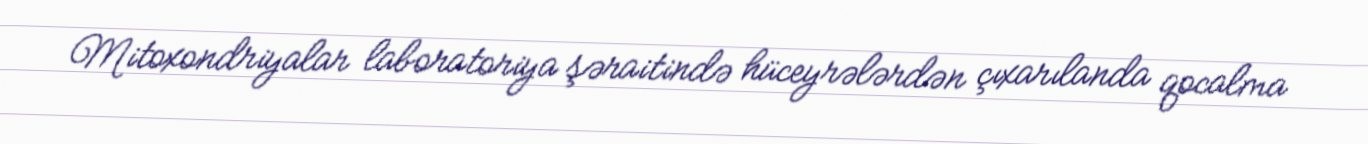
Mitoxondriyalar laboratoriya şəraitində hüceyrələrdən çıxarılanda qocalma